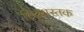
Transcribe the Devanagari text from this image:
छिन्नमस्तक